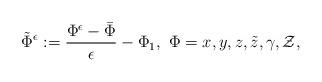
LaTeX: \begin{align*}\tilde{\Phi}^\epsilon:=\frac{\Phi^\epsilon-\bar{\Phi}}{\epsilon}-\Phi_1,\ \Phi=x,y,z,\tilde{z},\gamma,\mathcal{Z},\end{align*}